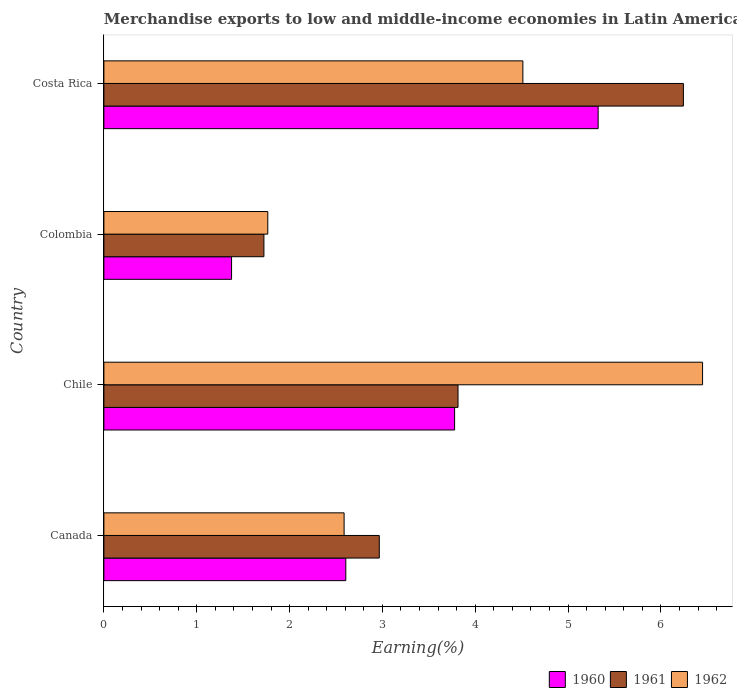
| Country | 1960 | 1961 | 1962 |
 | --- | --- | --- | --- |
 | Canada | 2.61 | 2.97 | 2.59 |
 | Chile | 3.78 | 3.81 | 6.45 |
 | Colombia | 1.38 | 1.72 | 1.77 |
 | Costa Rica | 5.32 | 6.24 | 4.51 |